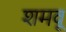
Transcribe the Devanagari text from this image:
शमवू